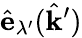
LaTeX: \hat{\mathbf{e}}_{\lambda^{\prime}}(\hat{\mathbf{k}}^{\prime})